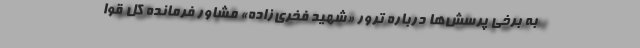
به برخی پرسش‌ها درباره ترور «شهید فخری‌زاده» مشاور فرمانده کل قوا